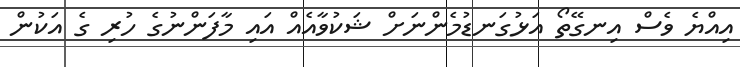
އިއްޔެ ވެސް އިނގޭތޯ އަޅުގަނޑުމެންނަށް ޝަކުވާއެއް އައި މާފަންނުގެ ހުރި ގެ އަކުން